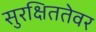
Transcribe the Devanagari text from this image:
सुरक्षिततेवर